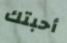
أحبتك